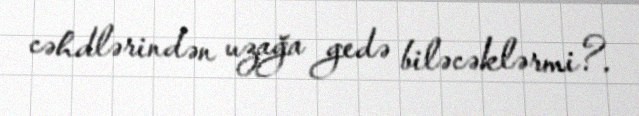
cəhdlərindən uzağa gedə biləcəklərmi?.